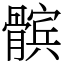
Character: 髌